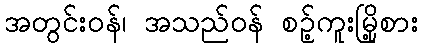
အတွင်းဝန်၊ အသည်ဝန် စဉ့်ကူးမြို့စား